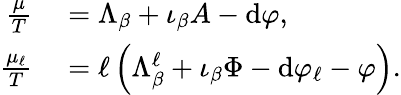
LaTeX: \begin{array}{rl}{\frac{\mu}{T}}&{{}=\Lambda_{\beta}+\iota_{\beta}A-\mathrm{d}\varphi,}\\ {\frac{\mu_{\ell}}{T}}&{{}=\ell\left(\Lambda_{\beta}^{\ell}+\iota_{\beta}\Phi-\mathrm{d}\varphi_{\ell}-\varphi\right).}\end{array}